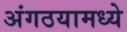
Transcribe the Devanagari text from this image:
अंगठयामध्ये